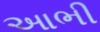
આભી